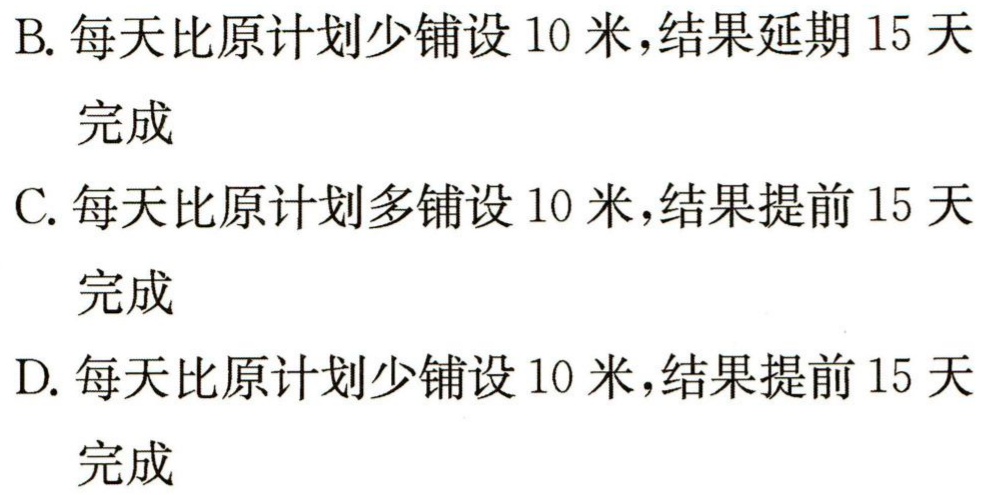
B. 每天比原计划少铺设 10 米，结果延期 15 天

完成

C. 每天比原计划多铺设 10 米，结果提前 15 天

完成

D. 每天比原计划少铺设 10 米，结果提前 15 天

完成